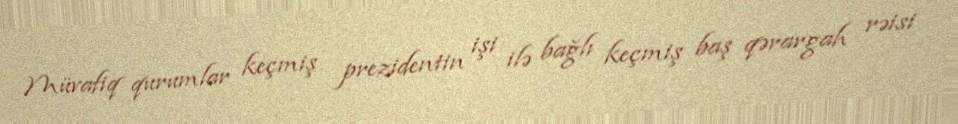
Müvafiq qurumlar keçmiş prezidentin işi ilə bağlı keçmiş baş qərargah rəisi